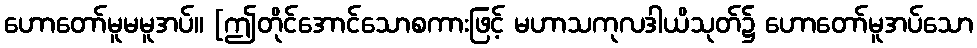
ဟောတော်မူမမူအပ်။ [ဤတိုင်အောင်သောစကားဖြင့် မဟာသကုလဒါယိသုတ်၌ ဟောတော်မူအပ်သော